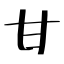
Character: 甘